Document type: Sale
Year: 1451
Scribe: [Unknown]
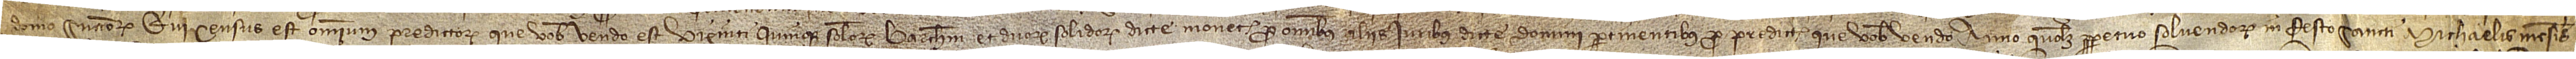
domo successorum. Qui census est omnium predictorum que vobis vendo est viginti quinque solidorum barchinonensium, et duorum solidorum dicte monete pro omnibus aliis iuribus dicte domini pertinentibus pro predictis que vobis vendo, anno quolibet perpetuo solvendorum in festo Sancti Michaelis mensis